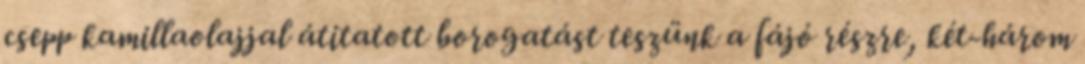
csepp kamillaolajjal átitatott borogatást teszünk a fájó részre, két-három